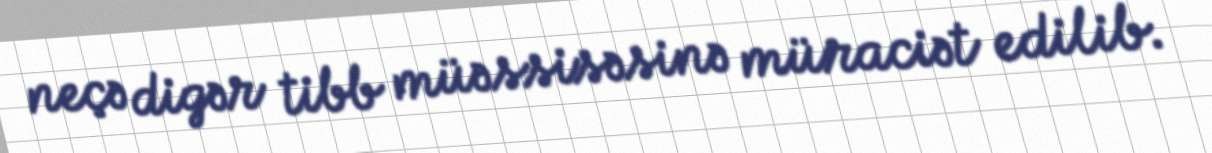
neçə digər tibb müəssisəsinə müraciət edilib.